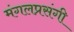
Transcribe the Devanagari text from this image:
मंगलप्रसंगी